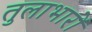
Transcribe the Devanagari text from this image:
तुलाभारों